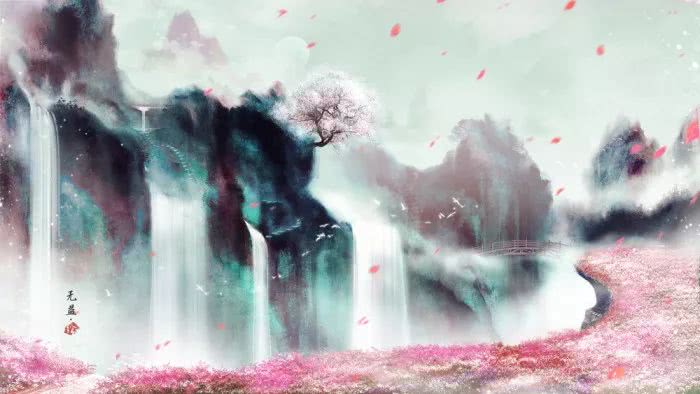
浅情终似，行云无定，犹到梦魂中。